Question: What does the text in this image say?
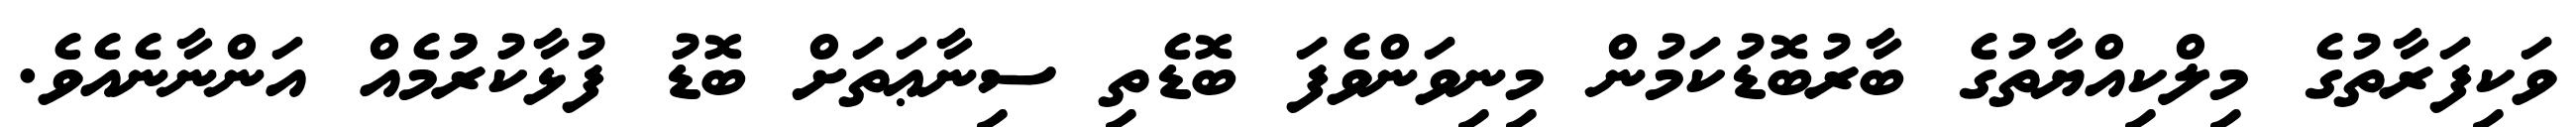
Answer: ވަކިފަރާތުގެ މިލްކިއްޔާތުގެ ބާރުބޮޑުކަމުން މިނިވަންވެފަ ބޮޑެތި ސިނާޢަތަށް ބޮޑު ފުޅާކުރުުމެއް އަންނާނެއެވެ.